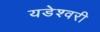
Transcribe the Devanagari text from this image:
यडेश्वरी